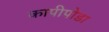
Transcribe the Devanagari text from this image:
कापीपोडा